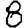
Digit: 8